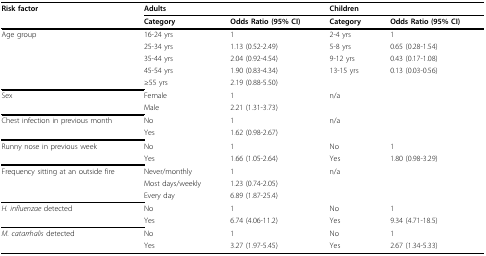
<table><thead><tr><td><b>Risk factor</b></td><td><b>Adults</b></td><td></td><td><b>Children</b></td><td></td></tr><tr><td></td><td><b>Category</b></td><td><b>Odds Ratio (95% CI)</b></td><td><b>Category</b></td><td><b>Odds Ratio (95% CI)</b></td></tr></thead><tbody><tr><td>Age group</td><td>16-24 yrs</td><td>1</td><td>2-4 yrs</td><td>1</td></tr><tr><td></td><td>25-34 yrs</td><td>1.13 (0.52-2.49)</td><td>5-8 yrs</td><td>0.65 (0.28-1.54)</td></tr><tr><td></td><td>35-44 yrs</td><td>2.04 (0.92-4.54)</td><td>9-12 yrs</td><td>0.43 (0.17-1.08)</td></tr><tr><td></td><td>45-54 yrs</td><td>1.90 (0.83-4.34)</td><td>13-15 yrs</td><td>0.13 (0.03-0.56)</td></tr><tr><td></td><td>≥55 yrs</td><td>2.19 (0.88-5.50)</td><td></td><td></td></tr><tr><td>Sex</td><td>Female</td><td>1</td><td>n/a</td><td></td></tr><tr><td></td><td>Male</td><td>2.21 (1.31-3.73)</td><td></td><td></td></tr><tr><td>Chest infection in previous month</td><td>No</td><td>1</td><td>n/a</td><td></td></tr><tr><td></td><td>Yes</td><td>1.62 (0.98-2.67)</td><td></td><td></td></tr><tr><td>Runny nose in previous week</td><td>No</td><td>1</td><td>No</td><td>1</td></tr><tr><td></td><td>Yes</td><td>1.66 (1.05-2.64)</td><td>Yes</td><td>1.80 (0.98-3.29)</td></tr><tr><td>Frequency sitting at an outside fire</td><td>Never/monthly</td><td>1</td><td>n/a</td><td></td></tr><tr><td></td><td>Most days/weekly</td><td>1.23 (0.74-2.05)</td><td></td><td></td></tr><tr><td></td><td>Every day</td><td>6.89 (1.87-25.4)</td><td></td><td></td></tr><tr><td><i>H. influenzae </i>detected</td><td>No</td><td>1</td><td>No</td><td>1</td></tr><tr><td></td><td>Yes</td><td>6.74 (4.06-11.2)</td><td>Yes</td><td>9.34 (4.71-18.5)</td></tr><tr><td><i>M. catarrhalis </i>detected</td><td>No</td><td>1</td><td>No</td><td>1</td></tr><tr><td></td><td>Yes</td><td>3.27 (1.97-5.45)</td><td>Yes</td><td>2.67 (1.34-5.33)</td></tr></tbody></table>